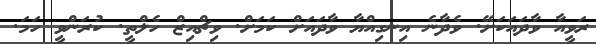
ރަވީއާ ވާދައަކަށޭ. ވެދާނެ އިނގިއްޔާ ވާދައަށް ކަމަށް. ވިޗްއިޒް ހެލްތީ. ކުރަންވީ ހަމަ.